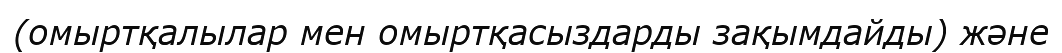
(омыртқалылар мен омыртқасыздарды зақымдайды) және